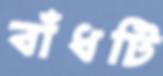
বাঁধটি